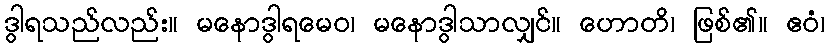
ဒွါရသည်လည်း။ မနောဒွါရမေဝ၊ မနောဒွါသာလျှင်။ ဟောတိ၊ ဖြစ်၏။ ဧဝံ၊